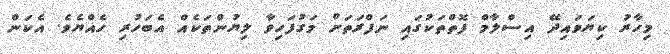
މިހާރު ކިޔަވައިދޭ އިސްލާމް ފޮތްތަކުގައި ނަފްރަތަށް މަގުފަހިވާ ލިޔުންތަކެއް އެބަހުރި ހެއްޔެވެ. އެކަން